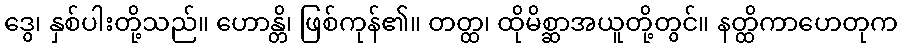
ဒွေ၊ နှစ်ပါးတို့သည်။ ဟောန္တိ၊ ဖြစ်ကုန်၏။ တတ္ထ၊ ထိုမိစ္ဆာအယူတို့တွင်။ နတ္ထိကာဟေတုက